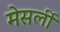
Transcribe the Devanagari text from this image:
मेसर्ली